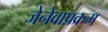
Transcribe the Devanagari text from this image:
जेनेवाप्रक्रम